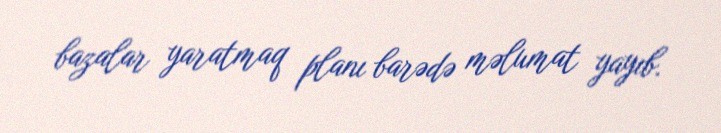
bazalar yaratmaq planı barədə məlumat yayıb.